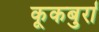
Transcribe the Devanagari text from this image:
कूकबुर्रा